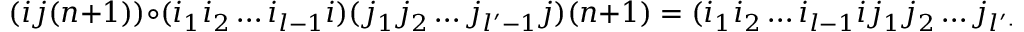
( i j ( n + 1 ) ) \circ ( i _ { 1 } i _ { 2 } \ldots i _ { l - 1 } i ) ( j _ { 1 } j _ { 2 } \ldots j _ { l ^ { \prime } - 1 } j ) ( n + 1 ) = ( i _ { 1 } i _ { 2 } \ldots i _ { l - 1 } i j _ { 1 } j _ { 2 } \ldots j _ { l ^ { \prime } - 1 } j ( n + 1 ) )